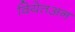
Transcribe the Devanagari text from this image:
वियेतअन